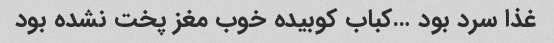
غذا سرد بود …کباب کوبیده خوب مغز پخت نشده بود